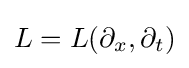
L=L(\partial _{x},\partial _{t})